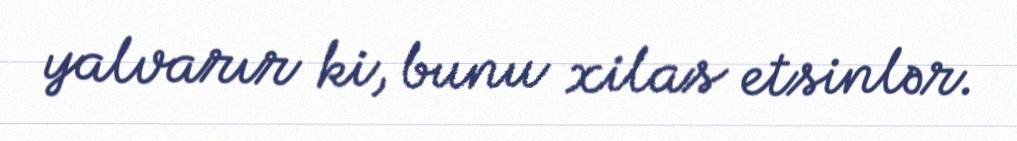
yalvarır ki, bunu xilas etsinlər.